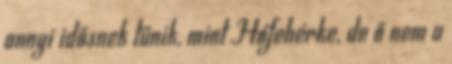
annyi idősnek tűnik, mint Hófehérke, de ő nem a